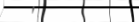
١٤